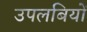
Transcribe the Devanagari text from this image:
उपलबियों